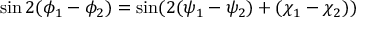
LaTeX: \sin 2 ( \phi _ { 1 } - \phi _ { 2 } ) = \sin ( 2 ( \psi _ { 1 } - \psi _ { 2 } ) + ( \chi _ { 1 } - \chi _ { 2 } ) )